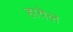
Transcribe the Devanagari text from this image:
हायेल